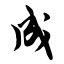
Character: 成